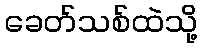
ခေတ်သစ်ထဲသို့